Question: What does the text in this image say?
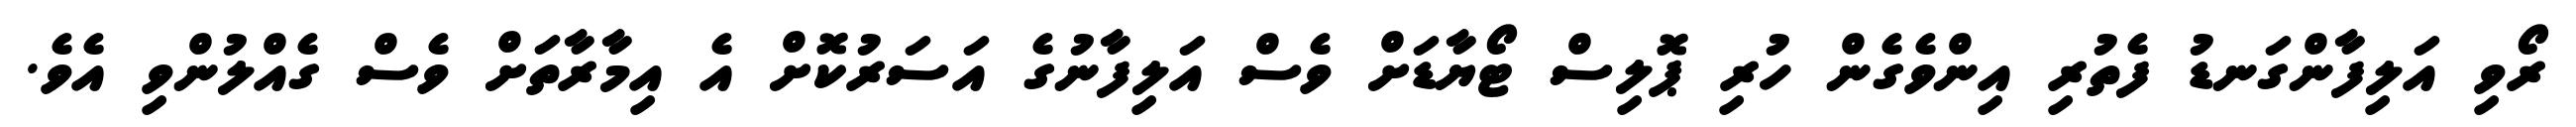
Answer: ރޯވި އަލިފާންގަނޑު ފެތުރި އިންވެގެން ހުރި ޕޮލިސް ޓޯޔާޑަށް ވެސް އަލިފާނުގެ އަސަރުކޮށް އެ އިމާރާތަށް ވެސް ގެއްލުންވި އެވެ.